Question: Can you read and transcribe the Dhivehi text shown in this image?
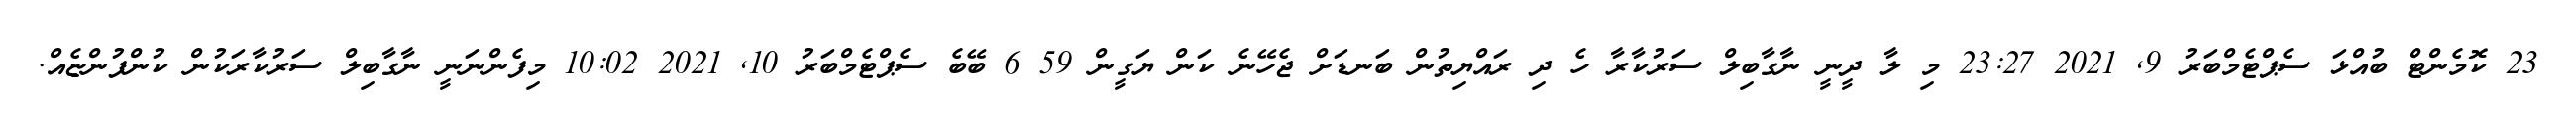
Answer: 23 ކޮމެންޓް ބުއްޅަ ސެޕްޓެމްބަރު 9, 2021 23:27 މި ލާ ދީނީ ނާގާބިލް ސަރުކާރާ ހެ ދި ރައްޔިތުން ބަނޑަށް ޖެހޭނެ ކަން ޔަގީން 59 6 ބޭބެ ސެޕްޓެމްބަރު 10, 2021 10:02 މިފެންނަނީ ނާގާބިލް ސަރުކާރަކުން ކުންފުންޏެއް.